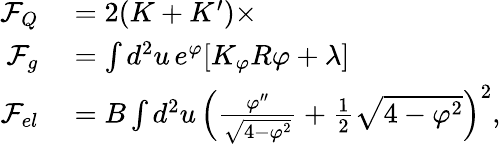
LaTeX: \begin{array}{rl}{\mathcal F_{Q}}&{{}=2(K+K^{\prime})\times}\\ {\mathcal F_{g}}&{{}=\int d^{2}u\, e^{\varphi}[K_{\varphi}R\varphi+\lambda]}\\ {\mathcal F_{el}}&{{}=B\int d^{2}u\, \left(\frac{\varphi^{\prime\prime}}{\sqrt{4-\varphi^{2}}}+\frac{1}{2}\sqrt{4-\varphi^{2}}\right)^{2},}\end{array}